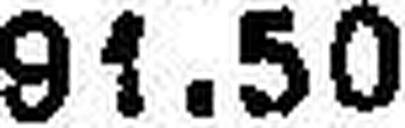
91.50